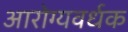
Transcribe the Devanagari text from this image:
आरोग्‍यवर्धक